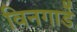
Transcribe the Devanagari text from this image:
विनगार्डे